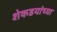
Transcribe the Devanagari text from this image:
शेकडयांच्या